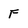
Character: F